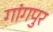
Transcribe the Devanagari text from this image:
गांगपुर